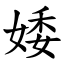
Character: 婑